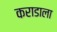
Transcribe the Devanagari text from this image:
कराडाला